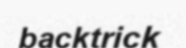
backtrick